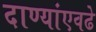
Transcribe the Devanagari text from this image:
दाण्यांएवढे